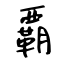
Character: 覇